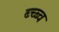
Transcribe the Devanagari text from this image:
ब्च्ब्व